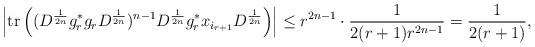
LaTeX: \begin{align*}\left|\mathrm{tr} \left( (D^{\frac{1}{2n}}g_r^*g_rD^{\frac{1}{2n}})^{n-1}D^{\frac{1}{2n}}g_r^*x_{i_{r+1}}D^{\frac{1}{2n}}\right)\right|\leq r^{2n-1}\cdot \dfrac{1}{2(r+1)r^{2n-1}}= \dfrac{1}{2(r+1)},\end{align*}